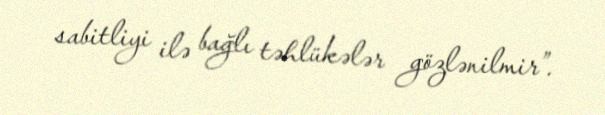
sabitliyi ilə bağlı təhlükələr gözlənilmir”.